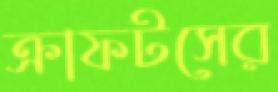
ক্রাফটসের